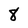
Character: 8